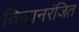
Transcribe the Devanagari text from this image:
विज्ञानरंजित